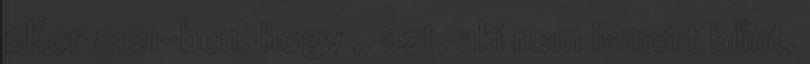
2Kor 5:21-ben, hogy „ azt, aki nem ismert bűnt,